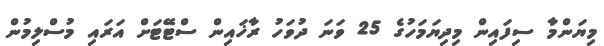
މިޔަންމާ ސިފައިން މިދިޔަމަހުގެ 25 ވަނަ ދުވަހު ރާޚައިން ސްޓޭޓަށް އަރައި މުސްލިމުން